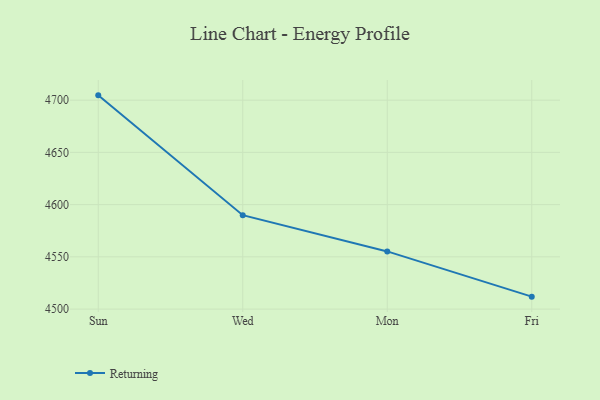
{"axis": {"x": "Day", "y": "Website Visitors"}, "legend": ["Returning"], "data": [{"x": "Sun", "y": 4704.6, "type": "Returning"}, {"x": "Wed", "y": 4589.9, "type": "Returning"}, {"x": "Mon", "y": 4555.2, "type": "Returning"}, {"x": "Fri", "y": 4511.9, "type": "Returning"}]}